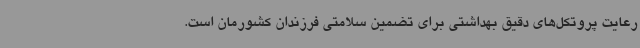
رعایت پروتکل‌های دقیق بهداشتی برای تضمین سلامتی فرزندان کشورمان است.